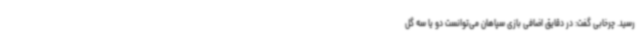
رسید. چرخابی گفت: در دقایق اضافی بازی سپاهان می‌توانست دو یا سه گل